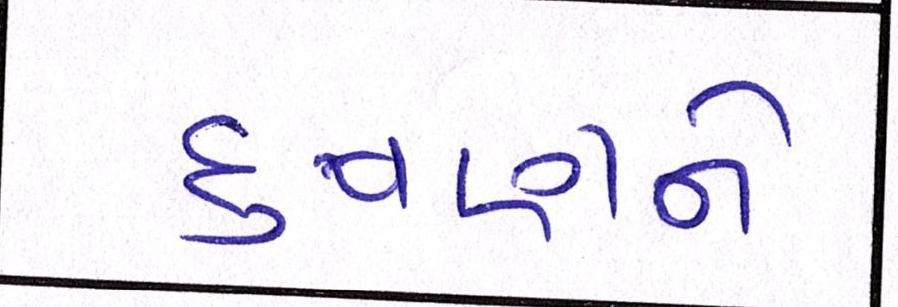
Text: દુષણને